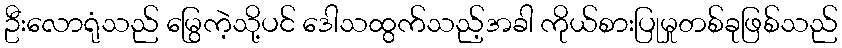
ဦးလောရုံသည် မြွေကဲ့သို့ပင် ဒေါသထွက်သည့်အခါ ကိုယ်စားပြုမှုတစ်ခုဖြစ်သည်